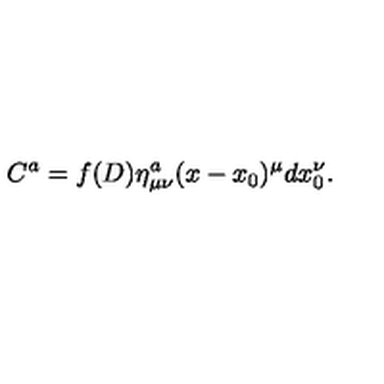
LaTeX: C ^ { a } = f ( D ) \eta _ { \mu \nu } ^ { a } ( x - x _ { 0 } ) ^ { \mu } d x _ { 0 } ^ { \nu } .